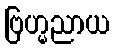
ဗြဟ္မညာယ